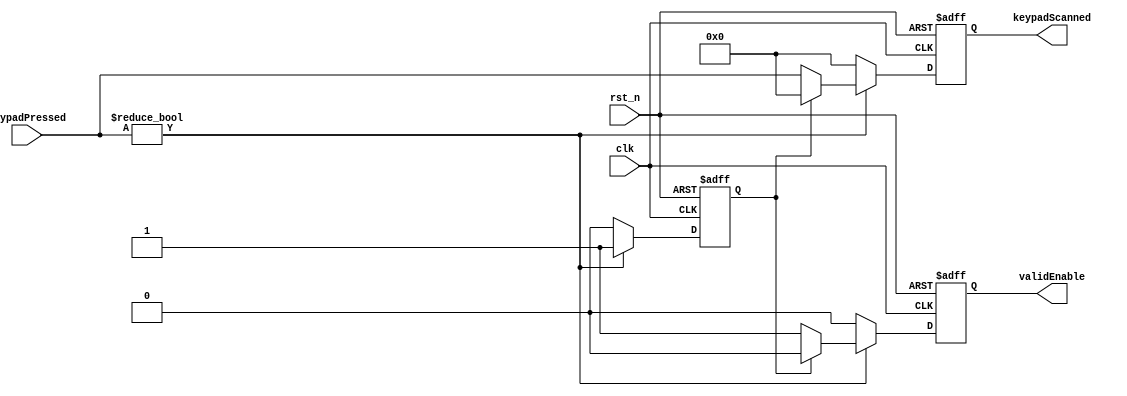
module KECE210_Keypad_Scan(
  input clk, rst_n,
  input [(12-1):0] keypadPressed,
  output reg [(12-1):0] keypadScanned,
  output reg validEnable
  );
  
  reg temp;
  
  
  always @(posedge clk or negedge rst_n) begin
    if(~rst_n) begin
      keypadScanned <= 12'b0000_0000_0000;
      validEnable <= 1'b0;
      temp <= 1'b0;
    end
    
    else begin
      if(keypadPressed) begin
        if(~temp) begin
          keypadScanned <= keypadPressed;
          validEnable <= 1'b1;
          temp <= 1'b1;
        end
        
        else begin
          keypadScanned <= 12'b0000_0000_0000;
          validEnable <= 1'b0;
        end
      end
      
      else begin
        keypadScanned <= 12'b0000_0000_0000;
        validEnable <= 1'b0;
        temp <= 1'b0;
      end
    end
  end
endmodule